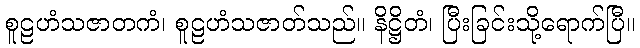
စူဠဟံသဇာတကံ၊ စူဠဟံသဇာတ်သည်။ နိဋ္ဌိတံ၊ ပြီးခြင်းသို့ရောက်ပြီ။